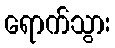
ရောက်သွား